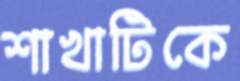
শাখাটিকে